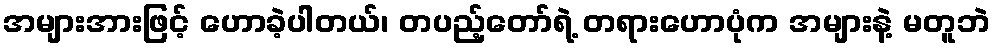
အများအားဖြင့် ဟောခဲ့ပါတယ်၊ တပည့်တော်ရဲ့ တရားဟောပုံက အများနဲ့ မတူဘဲ